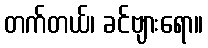
တက်တယ်၊ ခင်ဗျားရော။